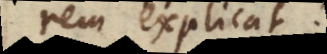
rem explicat.